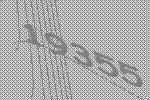
19355